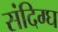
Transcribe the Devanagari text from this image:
संदिग्घ